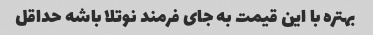
بهتره با این قیمت به جای فرمند نوتلا باشه حداقل